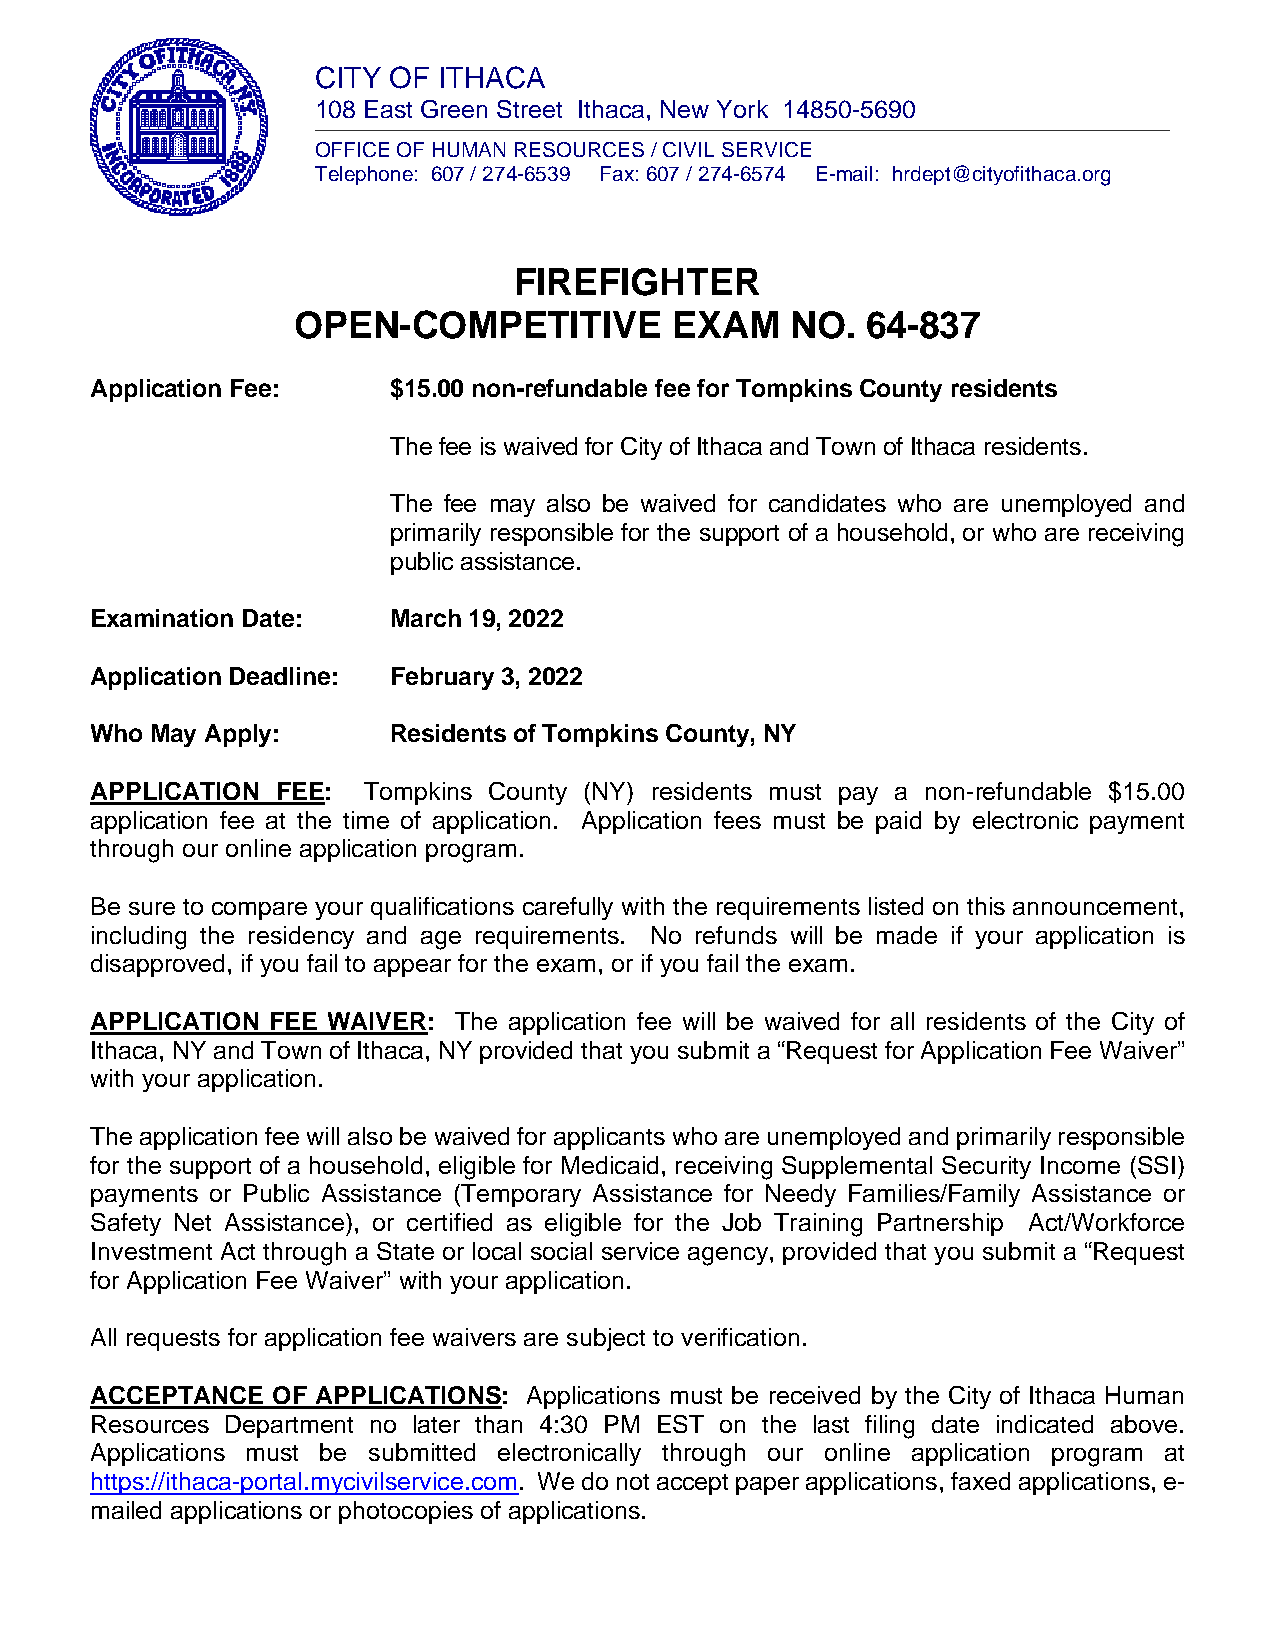
CITY OF ITHACA
 108 East Green Street Ithaca, New York 14850-5690
 OFFICE OF HUMAN RESOURCES / CIVIL SERVICE
 Telephone: 607 / 274-6539 Fax: 607 / 274-6574 E-mail: hrdept@cityofithaca.org
 FIREFIGHTER
 OPEN-COMPETITIVE          EXAM   NO.  64-837
 Application Fee:    $15.00 non-refundable fee for Tompkins County residents
 The fee is waived for City of Ithaca and Town of Ithaca residents.
 The fee may also be waived for candidates who are unemployed and
 primarily responsible for the support of a household, or who are receiving
 public assistance.
 Examination Date:   March 19, 2022
 Application Deadline: February 3, 2022
 Who May Apply:      Residents of Tompkins County, NY
 APPLICATION FEE:  Tompkins County (NY) residents must pay a non-refundable $15.00
 application fee at the time of application. Application fees must be paid by electronic payment
 through our online application program.
 Be sure to compare your qualifications carefully with the requirements listed on this announcement,
 including the residency and age requirements. No refunds will be made if your application is
 disapproved, if you fail to appear for the exam, or if you fail the exam.
 APPLICATION FEE WAIVER: The application fee will be waived for all residents of the City of
 Ithaca, NY and Town of Ithaca, NY provided that you submit a “Request for Application Fee Waiver”
 with your application.
 The application fee will also be waived for applicants who are unemployed and primarily responsible
 for the support of a household, eligible for Medicaid, receiving Supplemental Security Income (SSI)
 payments or Public Assistance (Temporary Assistance for Needy Families/Family Assistance or
 Safety Net Assistance), or certified as eligible for the Job Training Partnership Act/Workforce
 Investment Act through a State or local social service agency, provided that you submit a “Request
 for Application Fee Waiver” with your application.
 All requests for application fee waivers are subject to verification.
 ACCEPTANCE  OF APPLICATIONS: Applications must be received by the City of Ithaca Human
 Resources Department no later than 4:30 PM EST on the last filing date indicated above.
 Applications must be submitted electronically through our online application program at
 https://ithaca-portal.mycivilservice.com. We do not accept paper applications, faxed applications, e-
 mailed applications or photocopies of applications.